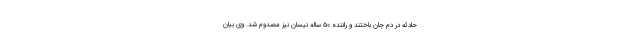
حادثه در دم جان باختند و راننده ۵۰ ساله نیسان نیز مصدوم شد. وی بیان